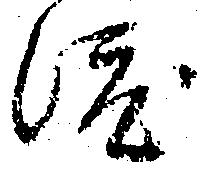
渡